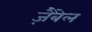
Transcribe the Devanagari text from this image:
ज़ैबेल